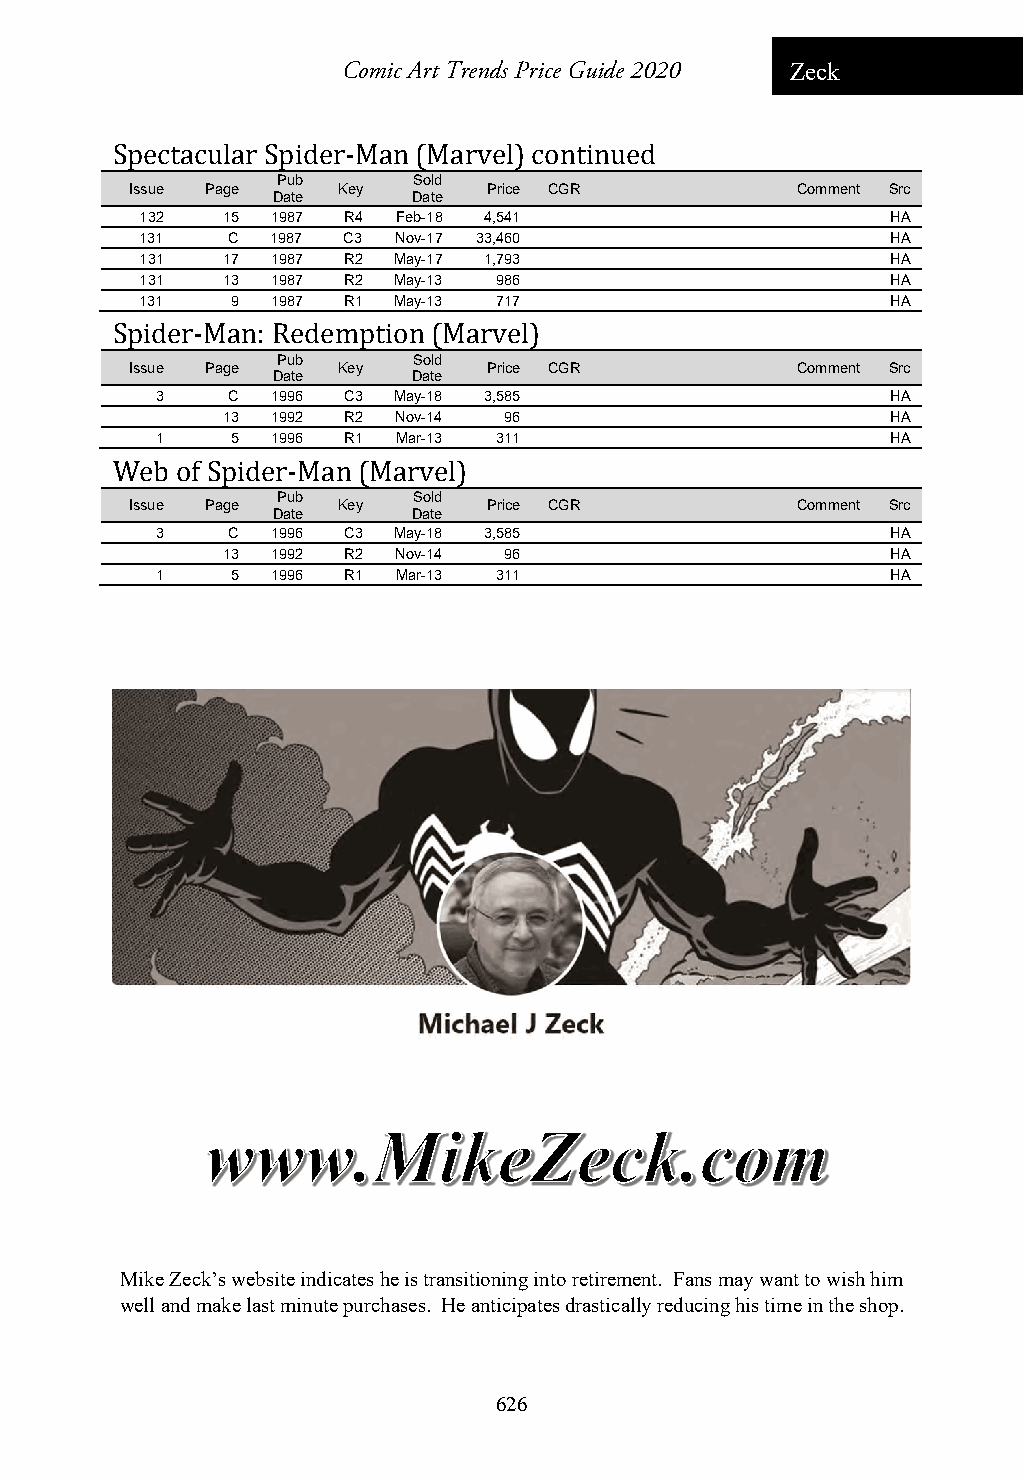
Comic Art Trends Price Guide 2020 Zeck
 Spectacular Spider-Man (Marvel) continued
 Pub      Sold
 Issue Page   Key       Price CGR            Comment Src
 Date     Date
 132   15 1987 R4 Feb-18 4,541                     HA
 131   C  1987 C3 Nov-17 33,460                    HA
 131   17 1987 R2 May-17 1,793                     HA
 131   13 1987 R2 May-13 986                       HA
 131   9  1987 R1 May-13 717                       HA
 Spider-Man: Redemption (Marvel)
 Pub      Sold
 Issue Page   Key       Price CGR            Comment Src
 Date     Date
 3    C  1996 C3 May-18 3,585                     HA
 13 1992 R2 Nov-14 96                        HA
 1    5  1996 R1 Mar-13 311                       HA
 Web  of Spider-Man (Marvel)
 Pub      Sold
 Issue Page   Key       Price CGR            Comment Src
 Date     Date
 3    C  1996 C3 May-18 3,585                     HA
 13 1992 R2 Nov-14 96                        HA
 1    5  1996 R1 Mar-13 311                       HA
 Mike Zeck’s website indicates he is transitioning into retirement. Fans may want to wish him
 well and make last minute purchases. He anticipates drastically reducing his time in the shop.
 626